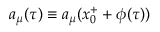
a _ { \mu } ( \tau ) \equiv a _ { \mu } ( x _ { 0 } ^ { + } + \phi ( \tau ) )